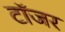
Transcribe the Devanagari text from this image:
टॉजर